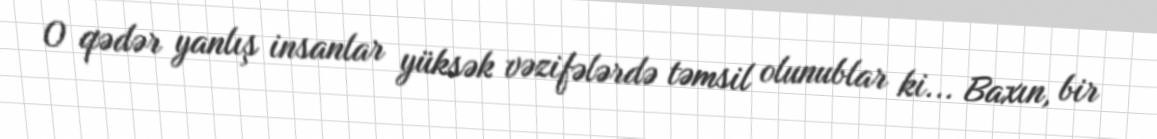
O qədər yanlış insanlar yüksək vəzifələrdə təmsil olunublar ki... Baxın, bir